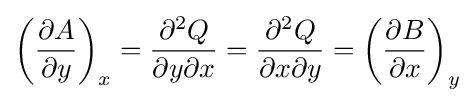
\left({\frac {\partial A}{\partial y}}\right)_{x}={\frac {\partial ^{2}Q}{\partial y\partial x}}={\frac {\partial ^{2}Q}{\partial x\partial y}}=\left({\frac {\partial B}{\partial x}}\right)_{y}